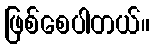
ဖြစ်စေပါတယ်။